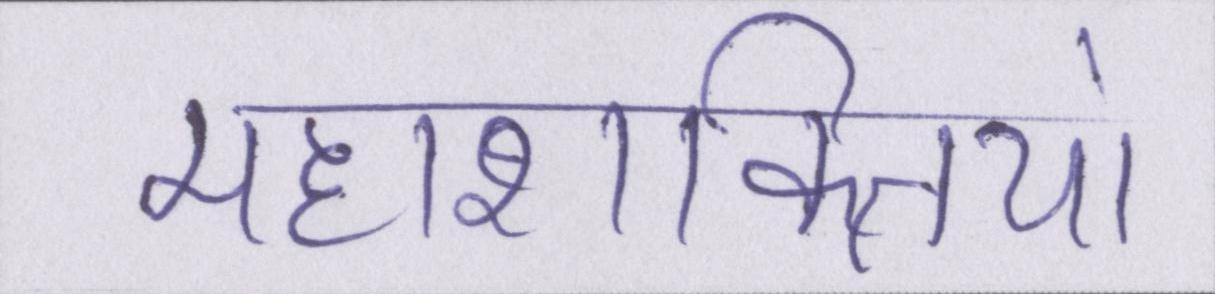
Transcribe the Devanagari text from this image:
महाशक्तियां